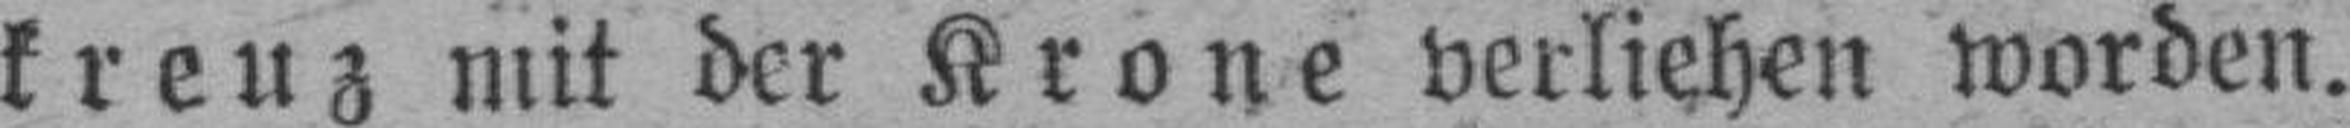
kreuz mit der Krone verliehen worden.